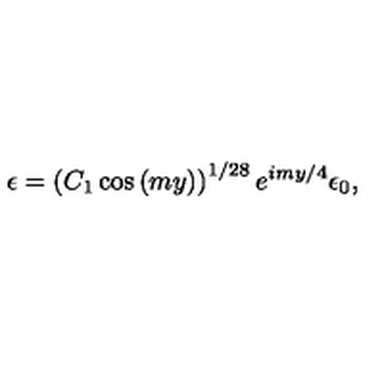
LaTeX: \epsilon = \left( C _ { 1 } \cos { ( m y ) } \right) ^ { 1 / 2 8 } e ^ { i m y / 4 } \epsilon _ { 0 } ,